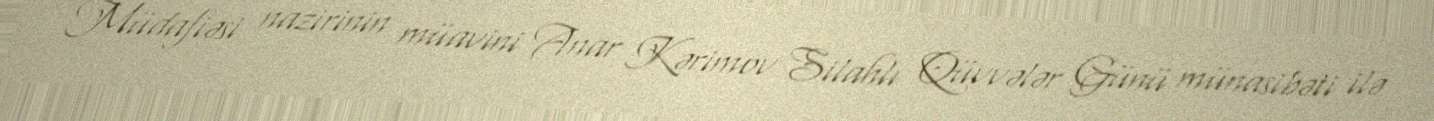
Müdafiəsi nazirinin müavini Anar Kərimov Silahlı Qüvvələr Günü münasibəti ilə